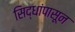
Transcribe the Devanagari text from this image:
सिद्धांपासून